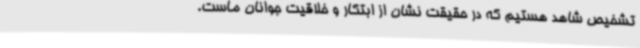
تشخیص شاهد هستیم که در حقیقت نشان از ابتکار و خلاقیت جوانان ماست.